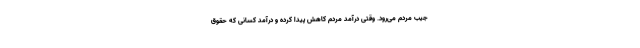
جیب مردم می‌رود. وقتی درآمد مردم کاهش پیدا کرده و درآمد کسانی که حقوق